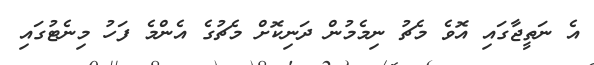
އެ ނަތީޖާގައި އޮވެ މެޗު ނިމެމުން ދަނިކޮށް މެޗުގެ އެންމެ ފަހު މިނެޓުގައި